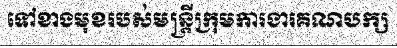
ទៅខាងមុខរបស់មន្ត្រីក្រុមការងារគណបក្ស